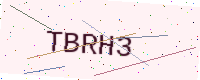
Text: TBRH3